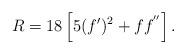
LaTeX: \begin{align*}R= 18\left [5 (f')^2 + f f^{''}\right ].\end{align*}